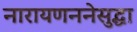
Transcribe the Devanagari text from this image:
नारायणननेसुद्धा